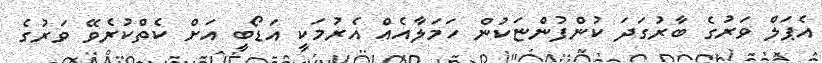
އެޕަލް ވަރުގެ ބާރުގަދަ ކުންފުންޏަކުން ހަމަލާއެއް އެރުމަކީ އަޑޯބީ އަށް ކެތްކުރެވޭ ވަރުގެ